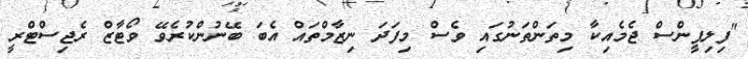
"ފިލިޕީންސް ޖެމެއިކާ މިތަންތަނުގައި ވެސް މިފަދަ ނިޒާމްތައް އެބަ ބޭނުންކުރެވޭ ވޯޓާޒް ރެޖިސްޓްރީ